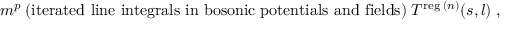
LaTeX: m ^ { p } \: { \mathrm { ( i t e r a t e d ~ l i n e ~ i n t e g r a l s ~ i n ~ b o s o n i c ~ p o t e n t i a l s ~ a n d ~ f i e l d s ) } } \; T ^ { \mathrm { \scriptsize { r e g } } \: ( n ) } ( s , l ) \; ,